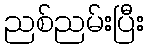
ညစ်ညမ်းပြီး